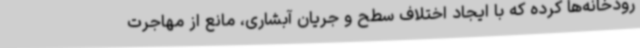
رودخانه‌ها کرده که با ایجاد اختلاف سطح و جریان آبشاری، مانع از مهاجرت